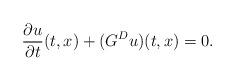
LaTeX: \begin{align*}&\frac{\partial u}{\partial t}(t,x) +(G^Du)(t,x) = 0.\end{align*}